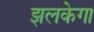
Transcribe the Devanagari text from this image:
झलकेगा